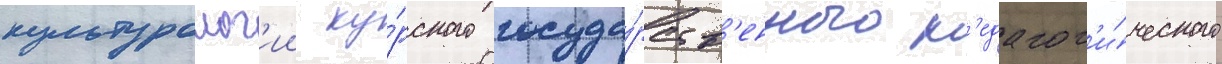
культуролог'ии ку́рского госуда́рств'енного п'едагог'и́ческого